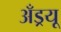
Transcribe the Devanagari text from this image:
अँड्रयू